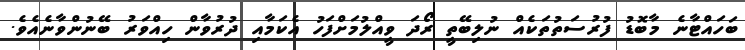
ބަހައްޓާނެ މާބޮޑު ފުރުސަތުތަކެއް ނުލިބޭތީ ރޯދަ ވީއްލުމަށްފަހު އެކަމާއި ދުރުވާން ހިއްވަރު ބޭނުންވާނެއެވެ.